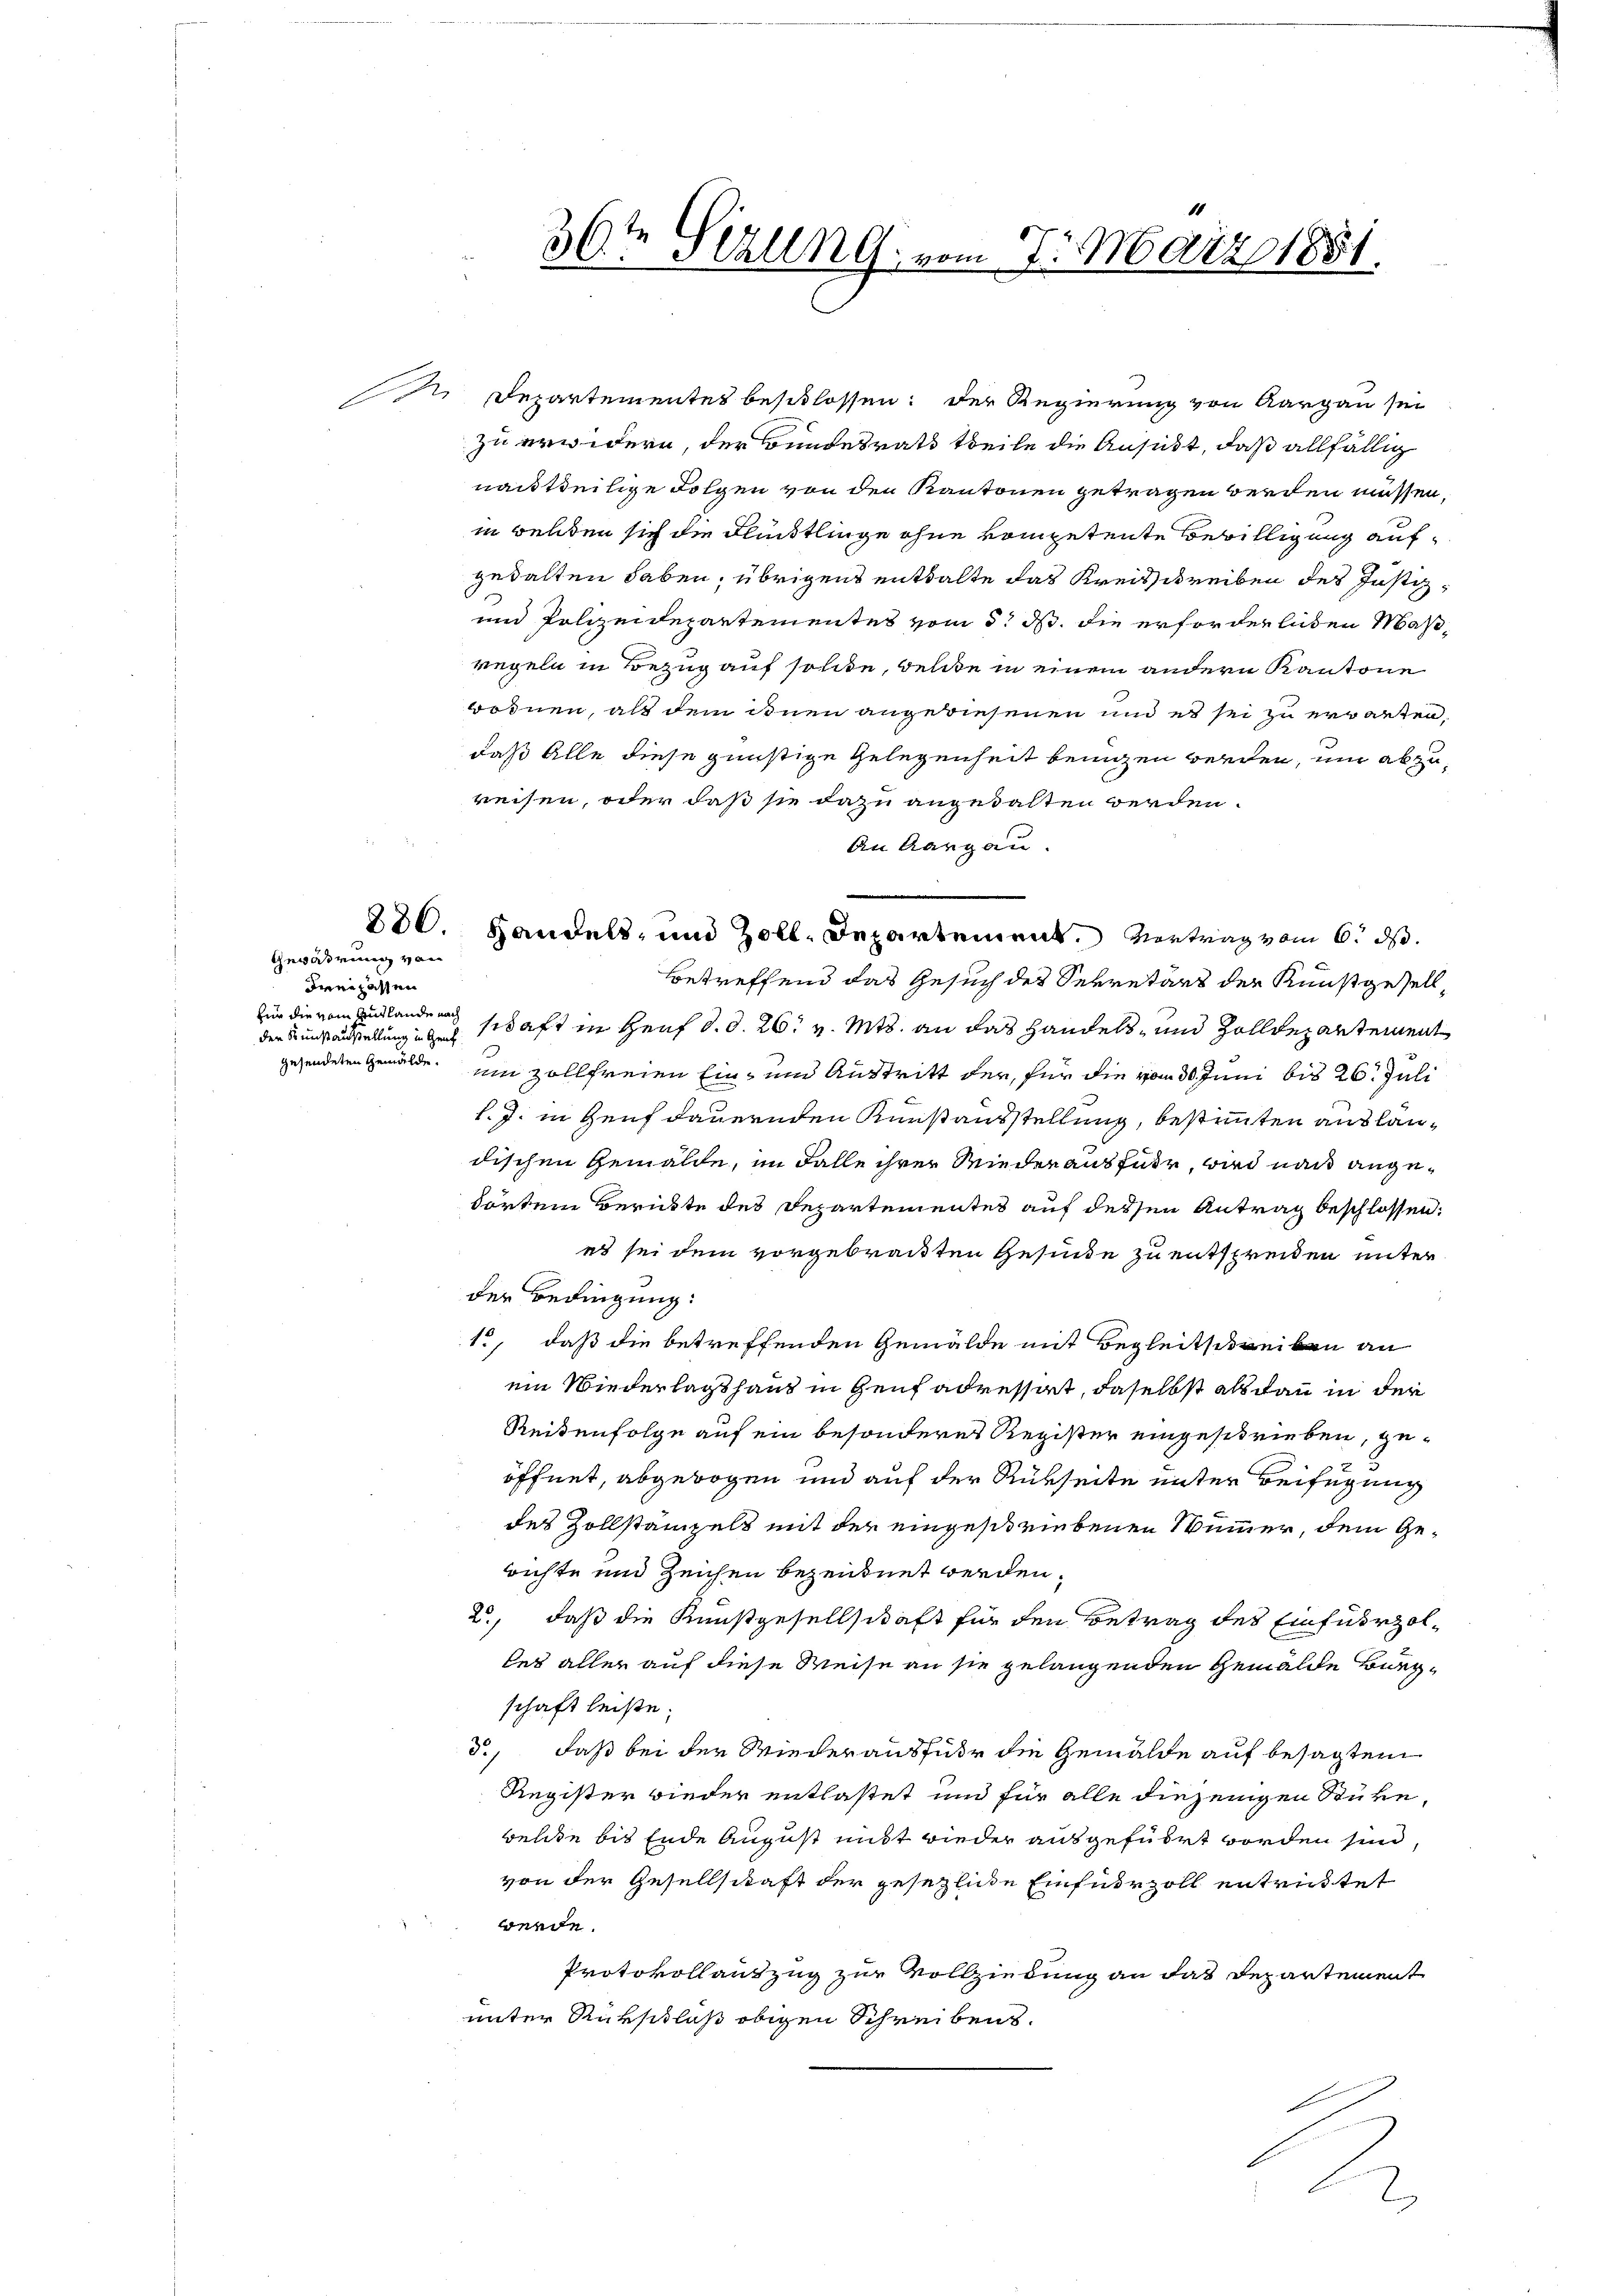
Gewährung von
Freilassen
für die vom Auslande nach
der Kunstausstellung in Heut
gesendeten Gemälde.

36ten Sizung, er
.

280. Handels- und Zoll-Departement. Vertrag vom 6. ds.

n Departementes beschlossen: Der Regierung von Aargau sei
zu erwidern, der Bundesrath theile die Ansucht, daß allfällig
nachtteilige Folgen von den Kantonen getragen werden müssen.
in welten sich die Flüchtlinge ohne kompetente Bewilligung aufgewalten haben, übrigens enthalte das Kreisschreiben des Justiz¬
und Polizeidepartementes vom 5. ds. die erforderlichen Maßregeln in Bezug auf sollte, welche in einem andern Kantone
Bodnen, als dem ihnen angediesenen und es sei zu erwarten,
daß Alle diese günstige Gelegenheit benigen werden, um abzureisen, oder daß sie dazu angewalten werden.
An Aargau.
betreffend das Gesuch des Sekretärs der Kunstgesellschaft in Heuf d. d. 26t v. Mts. an das Handels, und Zolldepartement
umn zollfreien Ein- und Austritt der, für die vom 30. Juni bis 26. Juli
l. J. in Genf dauernden Kunstausstellung, bestimmten auslaudischen Gemälde, im Falle ihrer Wiederausfuhr, wird nach angetörten Berichte des Departementes auf dessen Antrag beschlossen:
es sei dem vorgebrackten Gesinde zu entspreiten unter
der Bedingung:
1., daß die betreffenden Gemälde mit Begleitschreiben an
ein Wiederlagshand in Genf adressart, daselbst als dann in der
Reitenfolge auf ein besonderes Register eingeschrieben, geöffnet, abgewogen und auf der Rubseite unter Beifügung
des Zollstämpels mit der eingeschriebenen Nummer, dem Gerichte und Zeichen bezeichnet werden.
2., daß die Kunstgesellschaft für den Betrag des Einfuhrzolles aller auf diese Weise an sie gelangenden Gemälde Biegschaft leiste.
d., daß bei der Wiederausführ die Gemälde auf besagten
Register wieder entlastet und für alle diejenigen Stücke,
belde bis Ende August mit wieder ausgeführt worden sind,
von der Gesellschaft der gesezliche Einfuhrzoll entrichtet
werde.
Protokollantzug zur Vollziehung an das Departement
unter Rückschluß obigen Schreibens.
l

10
7. März 1881.